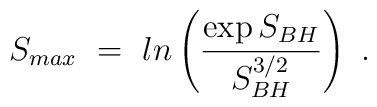
S_{max}~=~ln \left( {\exp{S_{BH}} \over S_{BH}^{3/2} }\right)~.